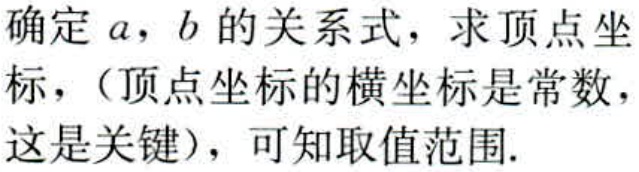
确定 \(a\)，\(b\) 的关系式，求顶点坐标，（顶点坐标的横坐标是常数，这是关键），可知取值范围.